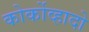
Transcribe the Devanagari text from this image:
कोर्कोव्हादो